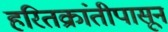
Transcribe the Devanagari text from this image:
हरितक्रांतीपासून